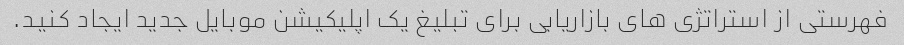
فهرستی از استراتژی های بازاریابی برای تبلیغ یک اپلیکیشن موبایل جدید ایجاد کنید.